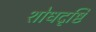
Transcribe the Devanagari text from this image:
शोधदृष्टि